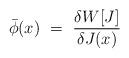
LaTeX: \begin{align*}\bar\phi (x)\ =\ {\delta W[J]\over \delta J(x)} \\\end{align*}